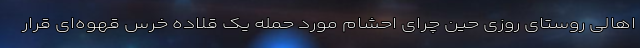
اهالی روستای روزی حین چرای احشام مورد حمله یک قلاده خرس قهوه‌ای قرار